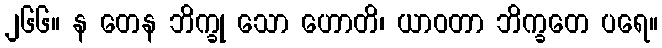
၂၆၆။ န တေန ဘိက္ခု သော ဟောတိ၊ ယာဝတာ ဘိက္ခတေ ပရေ။